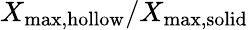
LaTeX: X_{\textup{max,hollow}}/X_{\textup{max,solid}}